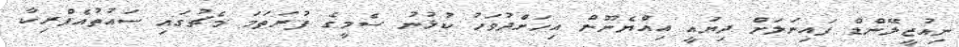
ނިއުޒީލޭންޑް ފައިނަލަށް ދިޔައީ އިއްޔެނޫން އިހަށްދުވަހު ކުޅުނު ސެމީގެ ފުރަތަމަ މެޗުގައި ސައުތުއެފްރިކާ